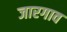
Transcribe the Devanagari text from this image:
जारगाव